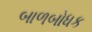
બાળબોધક